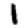
Digit: 1